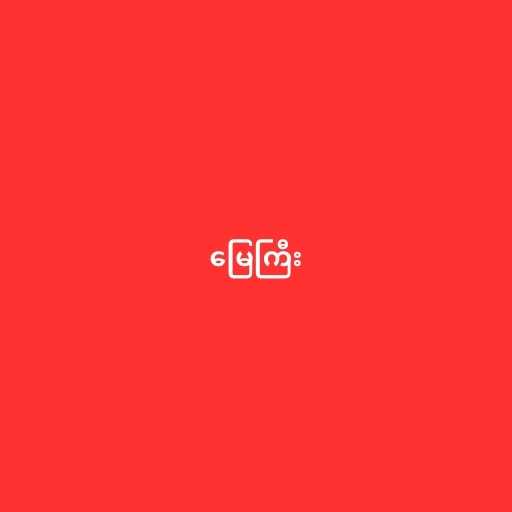
မြေကြီး